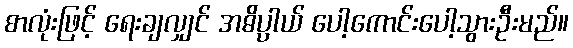
စာလုံးဖြင့် ရေးချလျှင် အဓိပ္ပါယ် ပေါ့ကောင်းပေါ့သွားဦးမည်။